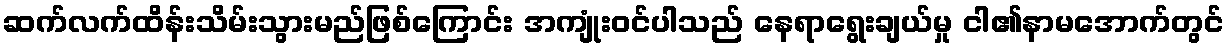
ဆက်လက်ထိန်းသိမ်းသွားမည်ဖြစ်ကြောင်း အကျုံးဝင်ပါသည် နေရာရွေးချယ်မှု ငါ၏နာမအောက်တွင်